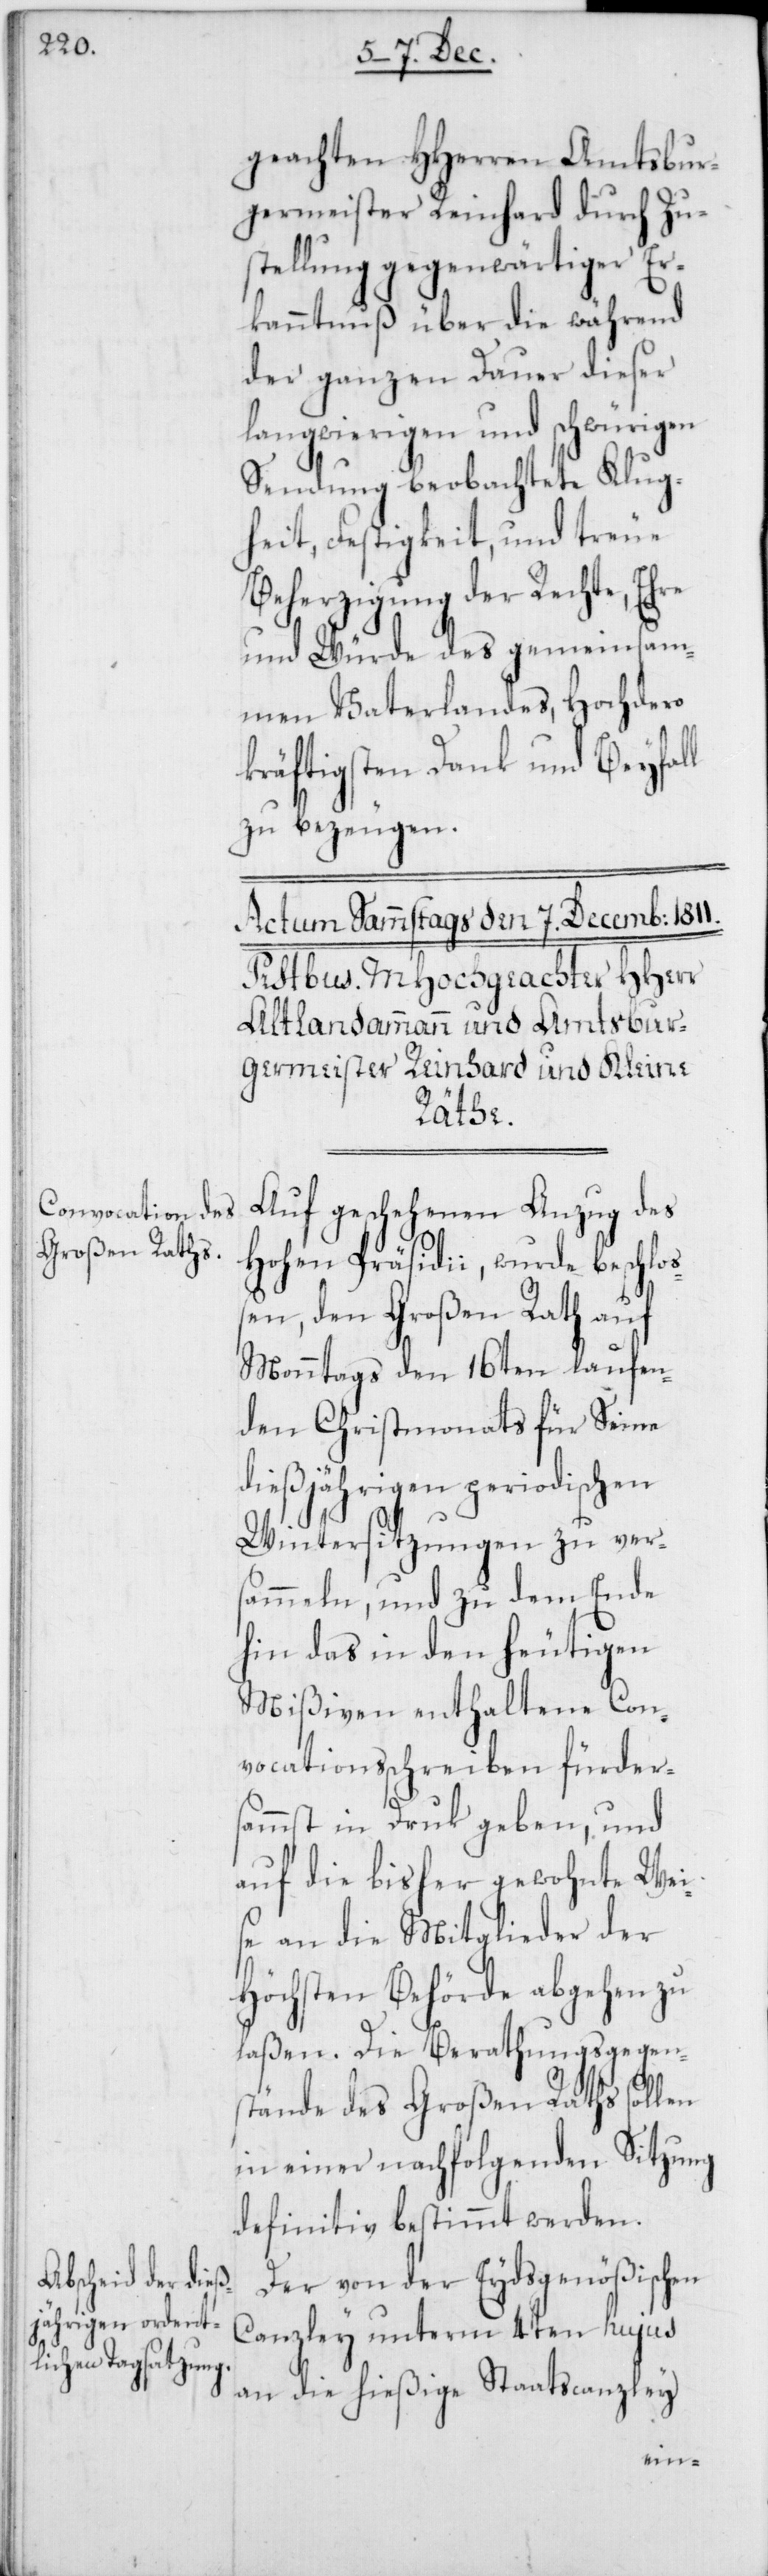
geachten HHerren Amtsbur¬
germeister Reinhard durch Zu¬
stellung gegenwärtiger Er¬
kanntnuß über die während
der ganzen Dauer dieser
langwierigen und schwürigen
Sendung beobachtete Klug¬
heit, Festigkeit und treue
Beherzigung der Rechte, Ehre
und Würde des gemeinsa¬
men Vaterlandes, Hochdero
kräftigsten Dank und Beyfall
zu bezeugen.
Auf geschenen Anzug des
Hohen Präsidii, wurde beschloß¬
en, den Großen Rath auf
Monntags den 16ten laufen¬
den Christmonats für Seine
dießjährigen periodischen
Wintersitzungen zu ver¬
sammeln, und zu dem Ende
hin das in den heutigen
Mißiven enthaltene Con¬
vocationsschreiben fürder¬
sammst in Druk geben, und
auf die bisher gewohnte Wei¬
se an die Mitglieder der
Höchsten Behörde abgehen zu
laßen. Die Berathungsgegen¬
stände des Großen Raths sollen
in einer nachfolgenden Sitzung
definitiv bestimmt werden.
Der von der Eydsgenößischen
Canzley unterm 4ten hujus
an die hießige Staatscanzley